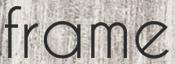
frame